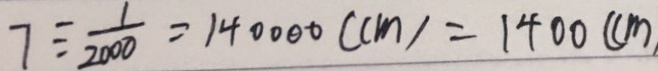
7 \div \frac { 1 } { 2 0 0 0 } = 1 4 0 0 0 0 ( c m ) = 1 4 0 0 ( c m